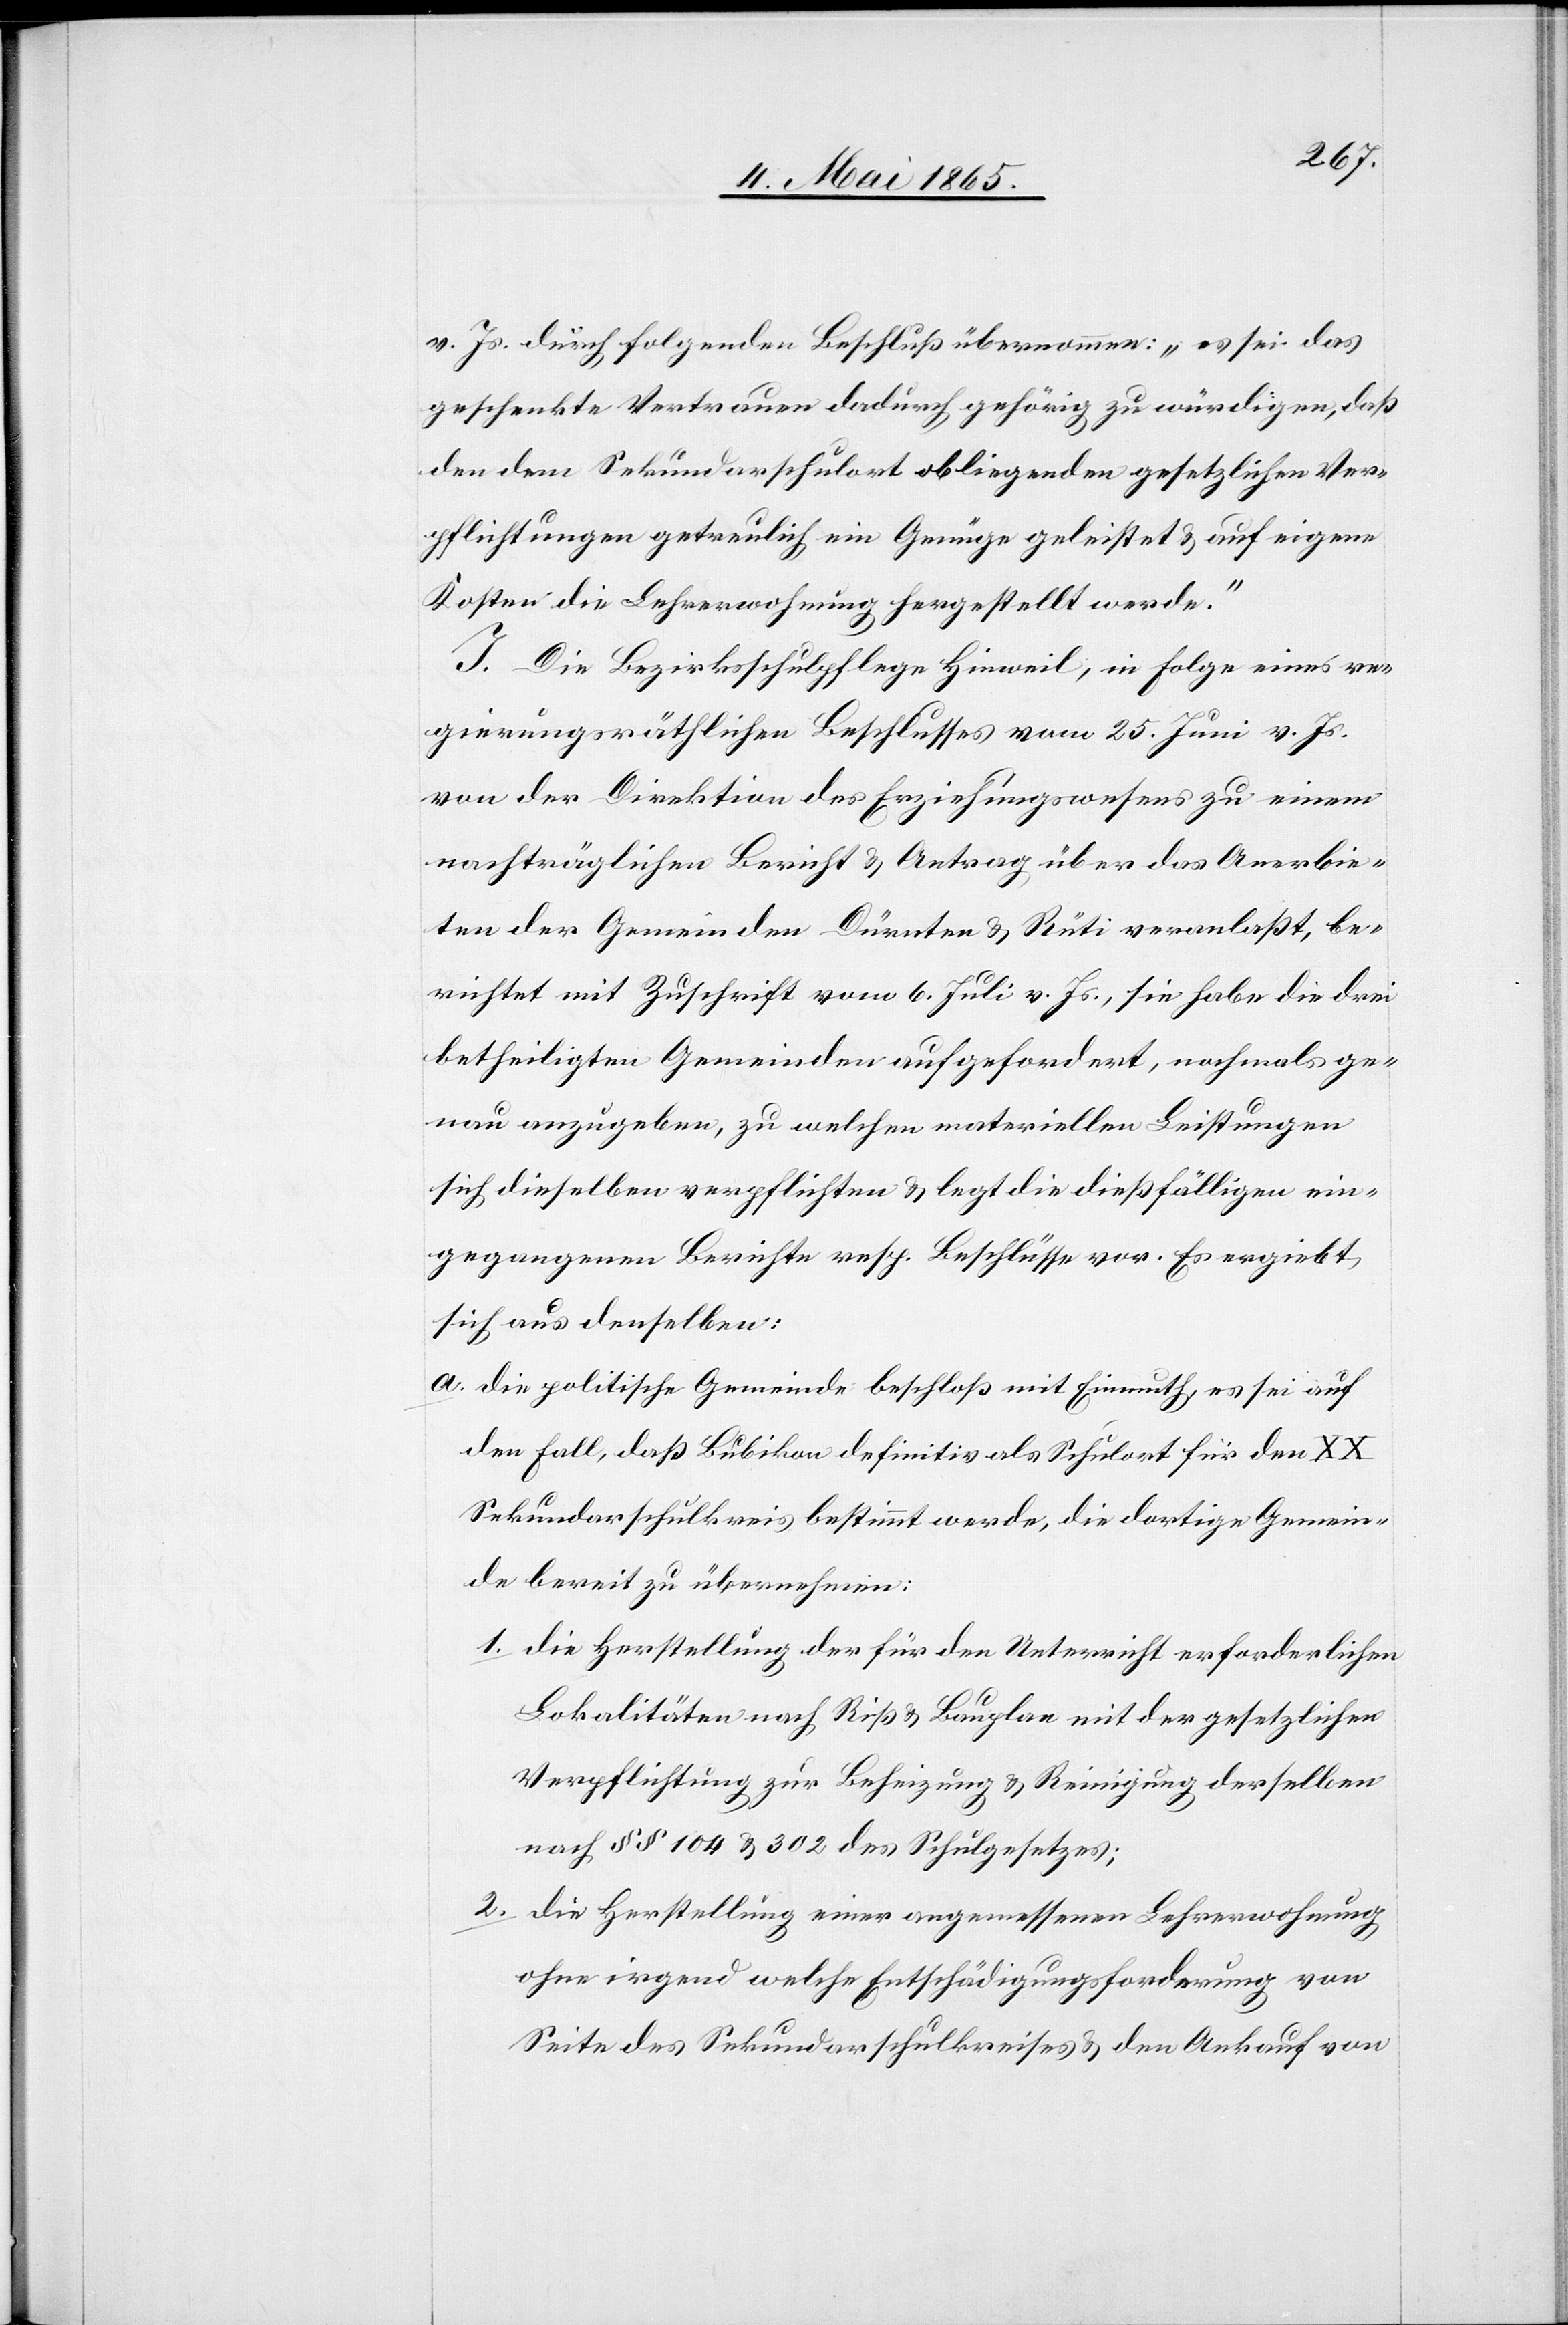
v. Js. durch folgenden Beschluß übernommen: „es sei das
geschenkte Vertrauen dadurch gehörig zu würdigen, daß
den dem Sekundarschulort obliegenden gesetzlichen Ver¬
pflichtungen getreulich ein Genüge geleistet & auf eigene
Kosten die Lehrerwohnung hergestellt werde.“
J. Die Bezirksschulpflege Hinweil, in Folge eines re¬
gierungsräthlichen Beschlusses vom 25. Juni v. Js.
von der Direktion des Erziehungswesens zu einem
nachträglichen Bericht & Antrag über das Anerbie¬
ten der Gemeinden Dürnten & Rüti veranlaßt, be¬
richtet mit Zuschrift vom 6. Juli v. Js., sie habe die drei
betheiligten Gemeinden aufgefordert, nochmals ge¬
nau anzugeben, zu welchen materiellen Leistungen
sich dieselben verpflichten & legt die dießfälligen ein¬
gegangenen Berichte resp. Beschlüsse vor. Es ergiebt
sich aus denselben:
a. die politische Gemeinde beschloß mit Einmuth, es sei auf
den Fall, daß Bubikon definitiv als Schulort für den XX
Sekundarschulkreis bestimmt werde, die dortige Gemein¬
de bereit zu übernehmen:
1. Die Herstellung der für den Unterricht erforderlichen
Lokalitäten nach Riß & Bauplan mit der gesetzlichen
Verpflichtung zur Beheizung & Reinigung derselben
nach § § 104 & 302 des Schulgesetzes;
2. Die Herstellung einer angemessenen Lehrerwohnung
ohne irgend welche Entschädigungsforderung von
Seite des Sekundarschulkreises & den Ankauf von